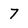
Character: 7